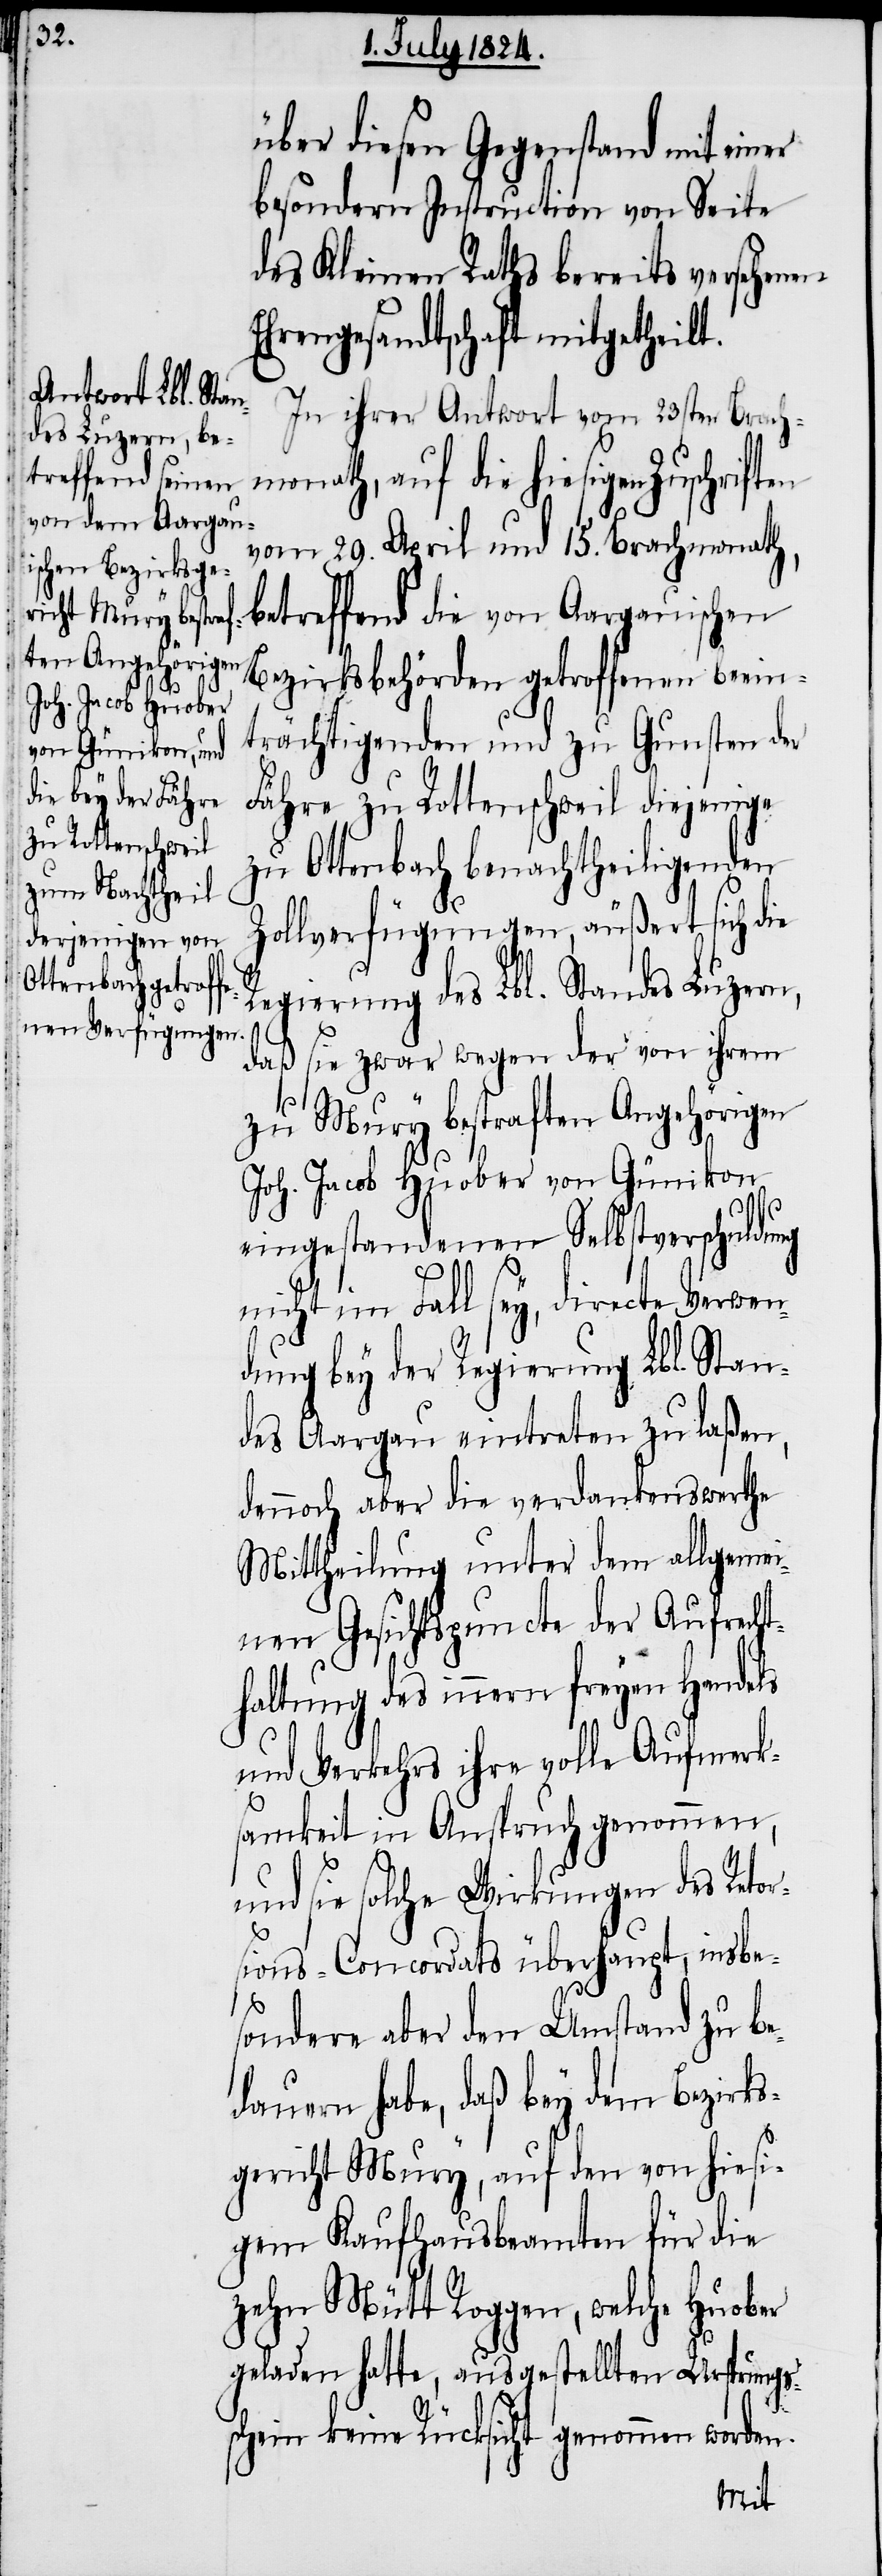
über diesen Gegenstand mit einer
besondern Instruction von Seite
des Kleinen Rathes bereits versehenen
Ehrengesandtschaft mitgetheilt.
In ihrer Antwort vom 23sten Brach¬
monath, auf die hiesigen Zuschriften
vom 29. April und 15. Brachmonath,
betreffend die von Aargauischen
Bezirksbehörden getroffenen beein¬
trächtigenden und zu Gunsten der
Fähre zu Rottenschweil diejenige
zu Ottenbach benachtheiligenden
Zollverfügungen, äußert sich die
Regierung des Lbl. Standes Luzern,
daß sie zwar wegen der von ihrem
zu Mury bestraften Angehörigen
Joh. Jacob Huober von Günikon
eingestandenen Selbstverschuldung
nicht im Fall sey, directe Verwen¬
dung bey der Regierung Lbl. Stan¬
des Aargau eintreten zu laßen,
dennoch aber die verdankenswerthe
Mittheilung unter dem allgeme¬
inen Gesichtspuncte der Aufrecht¬
haltung des innern freyen Handels
und Verkehrs ihre volle Aufmerk¬
samkeit in Anspruch genommen,
und sie solche Wirkungen des Retor¬
sions-Concordats überhaupt, insbe¬
sondere aber den Umstand zu be¬
dauern habe, daß bey dem Bezirks¬
gericht Mury, auf den von hiesi¬
gem Kaufhausbeamten für die
zehn Mütt Roggen, welche Huober
geladen hatte, ausgestellten Ursprungs¬
schein keine Rücksicht genommen worden.